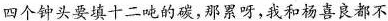
四个钟头要填十二吨的碳，那累呀，我和杨喜良都不